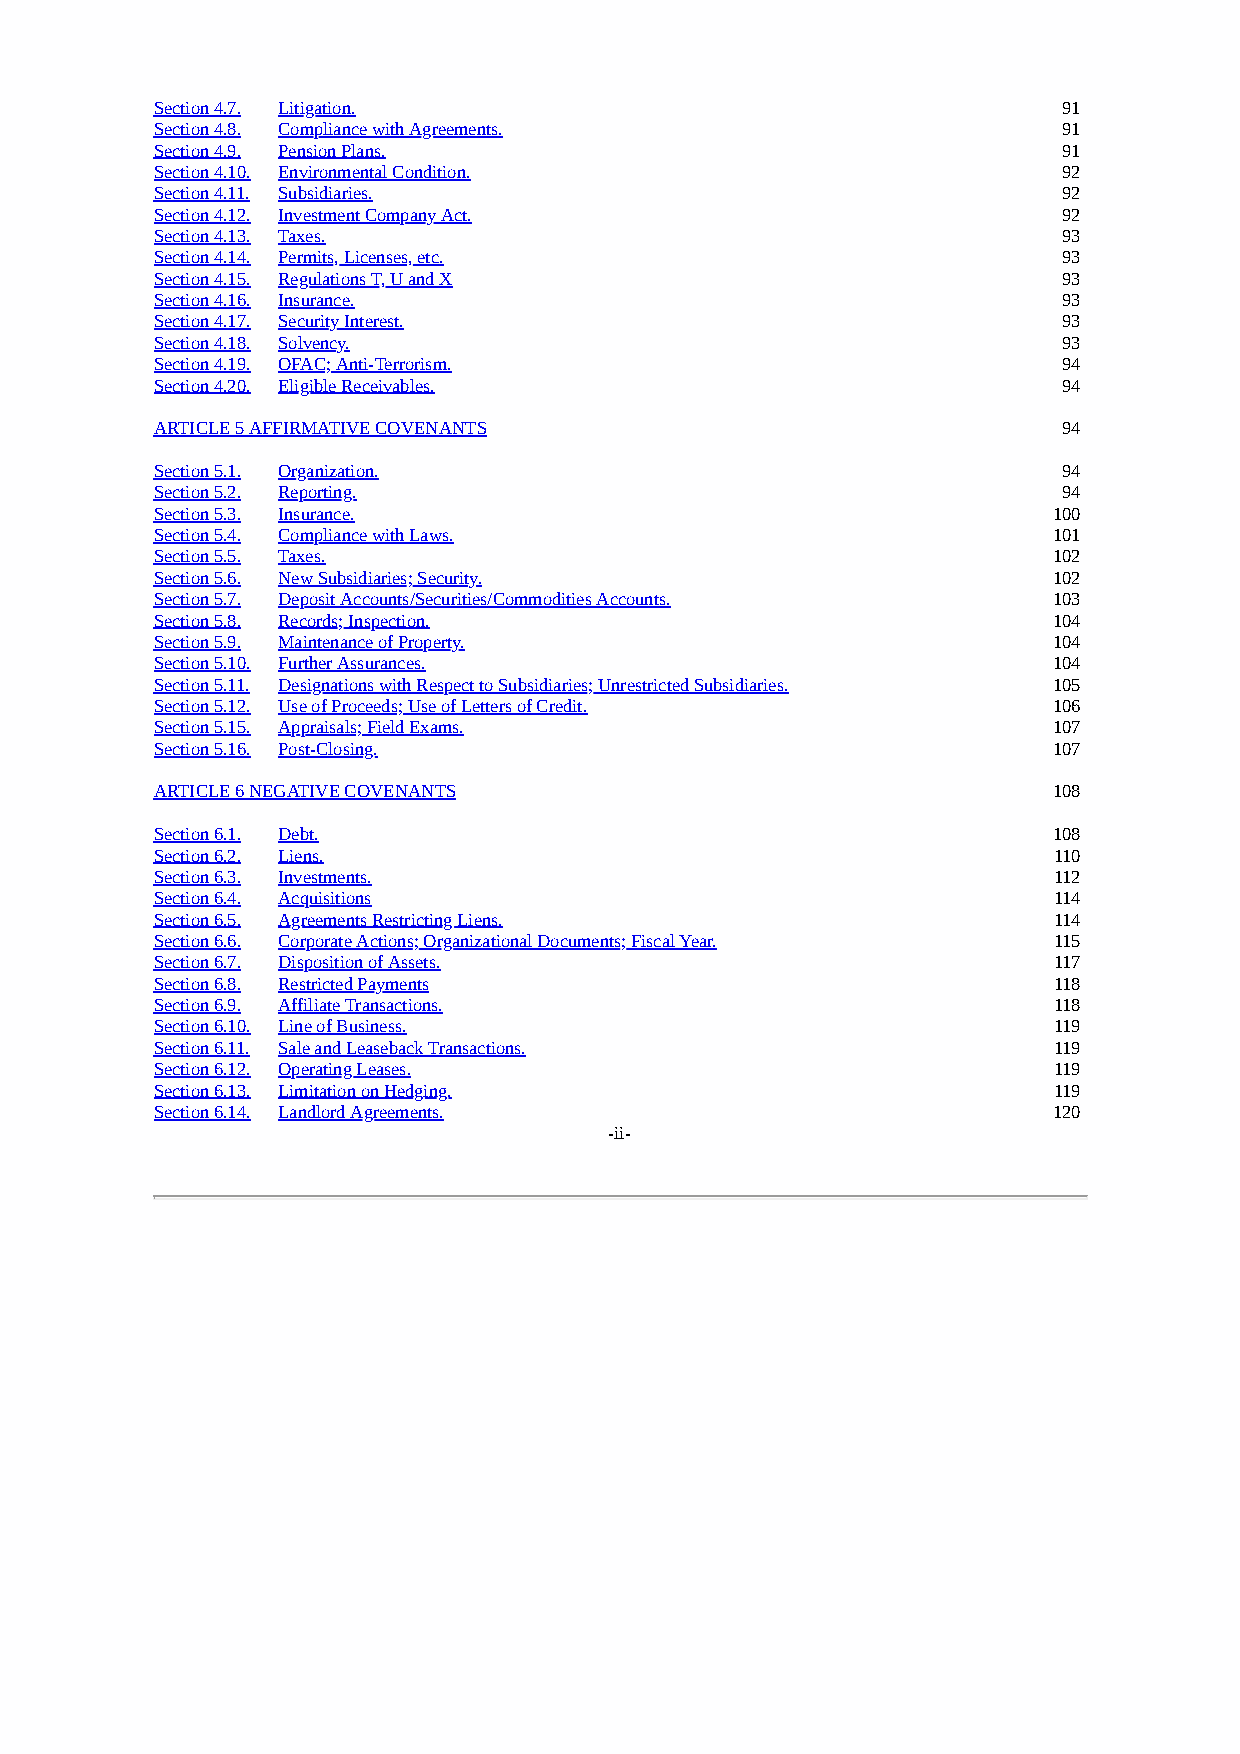
Section 4.7. Litigation.                                    91
 Section 4.8. Compliance with Agreements.                    91
 Section 4.9. Pension Plans.                                 91
 Section 4.10. Environmental Condition.                      92
 Section 4.11. Subsidiaries.                                 92
 Section 4.12. Investment Company Act.                       92
 Section 4.13. Taxes.                                        93
 Section 4.14. Permits, Licenses, etc.                       93
 Section 4.15. Regulations T, U and X                        93
 Section 4.16. Insurance.                                    93
 Section 4.17. Security Interest.                            93
 Section 4.18. Solvency.                                     93
 Section 4.19. OFAC; Anti-Terrorism.                         94
 Section 4.20. Eligible Receivables.                         94
 ARTICLE 5 AFFIRMATIVE COVENANTS                             94
 Section 5.1. Organization.                                  94
 Section 5.2. Reporting.                                     94
 Section 5.3. Insurance.                                     100
 Section 5.4. Compliance with Laws.                          101
 Section 5.5. Taxes.                                         102
 Section 5.6. New Subsidiaries; Security.                    102
 Section 5.7. Deposit Accounts/Securities/Commodities Accounts. 103
 Section 5.8. Records; Inspection.                           104
 Section 5.9. Maintenance of Property.                       104
 Section 5.10. Further Assurances.                           104
 Section 5.11. Designations with Respect to Subsidiaries; Unrestricted Subsidiaries. 105
 Section 5.12. Use of Proceeds; Use of Letters of Credit.    106
 Section 5.15. Appraisals; Field Exams.                      107
 Section 5.16. Post-Closing.                                 107
 ARTICLE 6 NEGATIVE COVENANTS                                108
 Section 6.1. Debt.                                          108
 Section 6.2. Liens.                                         110
 Section 6.3. Investments.                                   112
 Section 6.4. Acquisitions                                   114
 Section 6.5. Agreements Restricting Liens.                  114
 Section 6.6. Corporate Actions; Organizational Documents; Fiscal Year. 115
 Section 6.7. Disposition of Assets.                         117
 Section 6.8. Restricted Payments                            118
 Section 6.9. Affiliate Transactions.                        118
 Section 6.10. Line of Business.                             119
 Section 6.11. Sale and Leaseback Transactions.              119
 Section 6.12. Operating Leases.                             119
 Section 6.13. Limitation on Hedging.                        119
 Section 6.14. Landlord Agreements.                          120
 -ii-